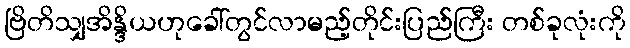
ဗြိတိသျှအိန္ဒိယဟုခေါ်တွင်လာမည့်တိုင်းပြည်ကြီး တစ်ခုလုံးကို